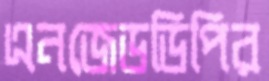
এনজেডডিপির